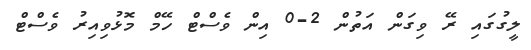
ލީގުގައި ރޭ ވިގަން އަތުން 2-0 އިން ވެސްޓް ހޭމް މޮޅުވިއިރު ވެސްޓް